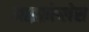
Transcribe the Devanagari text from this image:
माइक्रोप्लेस